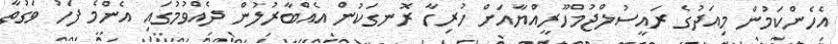
އެހެންކަމުން މިއަދުގެ ރައީސުލްޖުމްހޫރީއްޔާއަށް ހުރިހާ ރޮނގަކުން އެއްބާރުލުން ދެއްވުމުގައި އެންމެ ފަހު ވަގުތާ